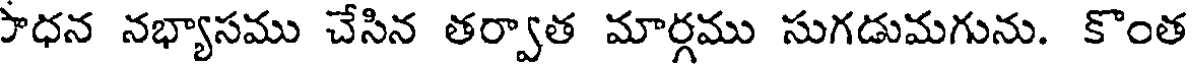
సాధన నభ్యాసము చేసిన తర్వాత మార్గము సుగడుమగును. కొంత